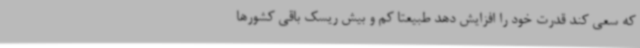
که سعی کند قدرت خود را افزایش دهد طبیعتاً کم و بیش ریسک باقی کشورها